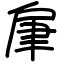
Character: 肁